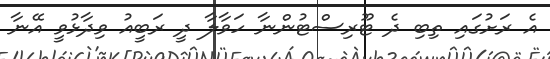
އެ ރަށުގައި ތިބި ދެ ޓޫރިސްޓުންނާ ހަވާލާ ދީ ރަބީއު ވިދާޅުވީ އޭނާ